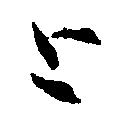
と